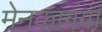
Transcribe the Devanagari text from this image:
मेनकागंगा